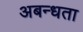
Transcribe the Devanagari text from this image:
अबन्धता